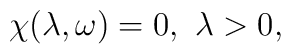
\chi(\lambda,\omega)=0,~\lambda>0,